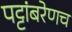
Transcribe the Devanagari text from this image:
पट्टांबरेणच